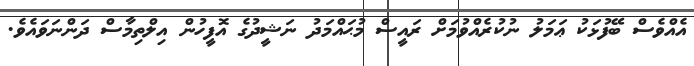
އެއްވެސް ބޭފުޅަކު ޢަމަލު ނުކުރެއްވުމަށް ރައީސް މުޙައްމަދު ނަޝީދުގެ އޮފީހުން އިލްތިމާސް ދަންނަވައެވެ.